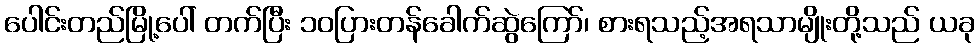
ပေါင်းတည်မြို့ပေါ် တက်ပြီး ၁၀ပြားတန်ခေါက်ဆွဲကြော်၊ စားရသည့်အရသာမျိုးတို့သည် ယခု